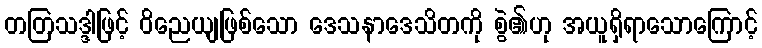
တတြသဒ္ဒါဖြင့် ဝိညေယျဖြစ်သော ဒေသနာဒေသိတကို စွဲ၏ဟု အယူရှိရာသောကြောင့်